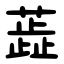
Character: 蕋